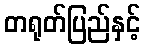
တရုတ်ပြည်နှင့်